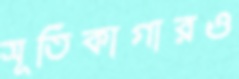
সূতিকাগারও